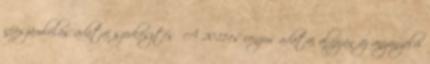
népszámlálás adatai szerkesztés A 2011-es cenzus adatai alapján az anyanyelvi